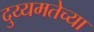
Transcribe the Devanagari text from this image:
दुय्यमतेच्या